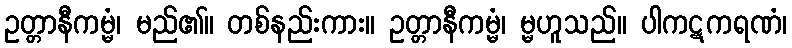
ဥတ္တာနီကမ္မံ၊ မည်၏။ တစ်နည်းကား။ ဥတ္တာနီကမ္မံ၊ မ္မဟူသည်။ ပါကဋကရဏံ၊